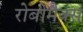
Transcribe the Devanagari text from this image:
रोबोमैक्स